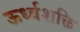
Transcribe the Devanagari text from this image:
ऊर्ध्वशक्ति